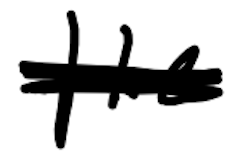
Text: the
Cross-out: scratch
Writing tool: digital_black